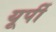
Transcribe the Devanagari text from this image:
यूर्पी